Papers set at the Examination for Leaving Certificates, 1893
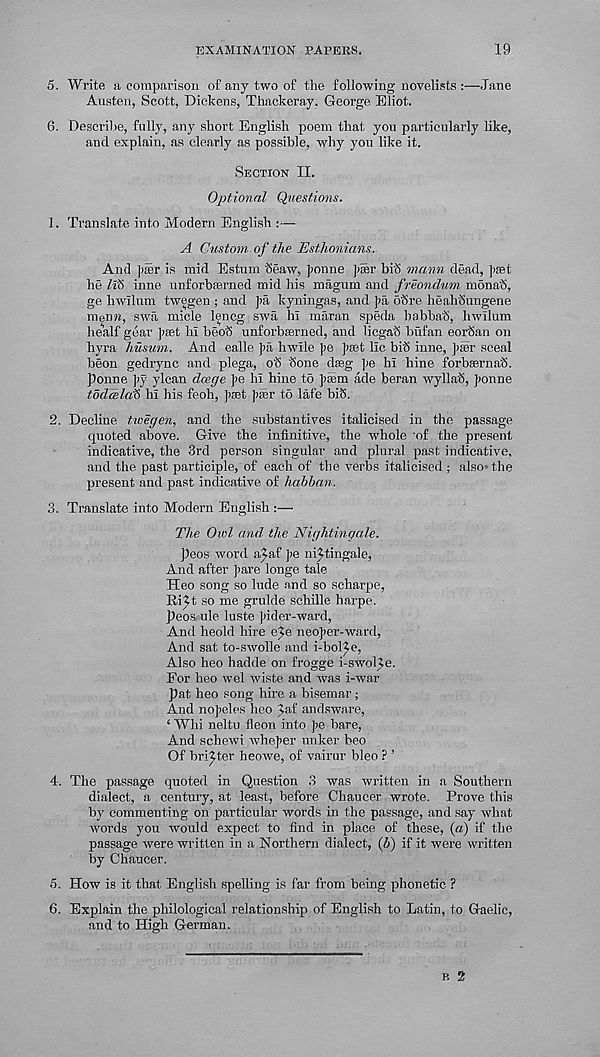
EXAMINATION PAPERS.
19
5. Write a comparison of any two of the following novelists :—Jane
Austen, Scott, Dickens, Thackeray, George Eliot.
6. Describe, fully, any short English poem that you particularly like,
and explain, as clearly as possible, why you like it.
SECTION II.
Optional Questions.
1. Translate into Modern English :—
A Custom of the Esthonians.
And ])Sr is mid Estum beaw, ]>onne pair biS mann dead, pest
he ZlS inne unforbEerned mid his magum and freondum monah,
ge hwllum twegen ; arid pa kyningas, and pa 6Sre heahhungene
menra, swa micle lencg swa hi maran speda habbah, hwllum
healf gear paet hi beoS unforbaerned, and licgah bufan eoriSan on
hyra husum. And ealle pa hwile pe peet lie hih inne, pier sceal
beon gedrync and plega, oh hone daeg ];e hi hine forbsernah.
ponne ]iy ylcan deege pe hi hine to palm ade beran wyllah, ponne
todcBlafi hi his feoh, piet pier to lafe bih.
2. Decline twegen, and the substantives italicised in the passage
quoted above. Give the infinitive, the whole 'of the present
indicative, the 3rd person singular and plural past indicative,
and the past participle, of each of the verbs italicised ; also* the
present and past indicative of habban.
3. Translate into Modern English :—
The Owl and. the Nightingale.
peos word a^af pe ni^tingale,
And after pare longe tale
Heo song so hide and so scharpe,
Ri^t so me grulde sehille harpe.
peos ule luste pider-ward,
And heold hire e^e rieoper-ward,
And sat to-swolle and i-bol^e,
Also heo hadde on frogge i-swolye.
For heo wel wiste and was i-war
pat heo song hire a bisemar;
And nopcles heo Jaf andsware,
‘ Whi neltu fleon into pe bare,
And schewi wheper linker beo
Of bri^ter heowe, of vairur bleo ? ’
4. The passage quoted in Question 3 was written in a Southern
dialect, a century, at least, before Chaucer wrote. Prove this
by commenting on particular words in the passage, and say what
words you would expect to find in place of these, (a) if the
passage were written in a Northern dialect, (b) if it were written
by Chaucer.
5. How is it that English spelling is far from being phonetic ?
6. Explain the philological relationship of English to Latin, to Gaelic,
and to High German.